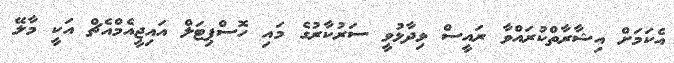
އެކަމަށް އިޝާރާތްކުރައްވާ ރައީސް ވިދާޅުވީ ސަރުކާރުގެ މައި ހޮސްޕިޓަލް އައިޖީއެމްއެޗް އަކީ މާލޭ